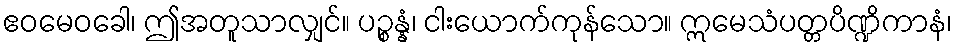
ဧဝမေဝခေါ၊ ဤအတူသာလျှင်။ ပဉ္စန္နံ၊ ငါးယောက်ကုန်သော။ ဣမေသံပတ္တပိဏ္ဍိကာနံ၊